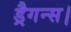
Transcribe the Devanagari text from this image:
ड्रैगन्स।